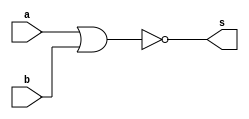
//ARQ1 - Eduardo Botelho de Andrade

module nor2 (output s,
             input a,
             input b);

 assign s = (~(a|b));
 
endmodule

module tabela_verdade;

 reg a,b;
 wire s;
 
 nor2 nor1 (s,a,b);
 
 initial
  begin
   a=0; b=0;
  end

 initial
  begin
   $display("Output  A  B");
   $monitor("  %b   %b %b",s,a,b);

   #1 b=1;
   #1 a=1; b=0;
   #1 b=1;
  end
endmodule